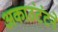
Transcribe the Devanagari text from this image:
अकाउंटंटने